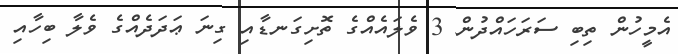
އެމީހުން ތިބި ސަރަހައްދުން 3 ވެލައެއްގެ ތޮށިގަނޑާއި ގިނަ ޢަދަދެއްގެ ވެލާ ބިހާއި